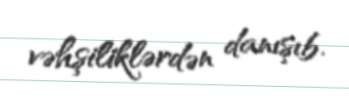
vəhşiliklərdən danışıb.